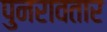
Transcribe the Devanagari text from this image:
पुनरावतार